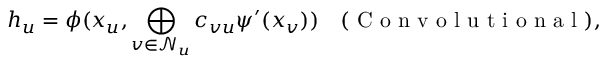
h _ { u } = \phi ( x _ { u } , \bigoplus _ { v \in \mathcal { N } _ { u } } c _ { v u } \psi ^ { \prime } ( x _ { v } ) ) \quad ( \mathrm { ~ C ~ o ~ n ~ v ~ o ~ l ~ u ~ t ~ i ~ o ~ n ~ a ~ l ~ } ) ,